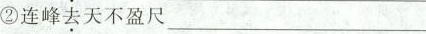
②连峰\underset{·}{去}天不盈尺___